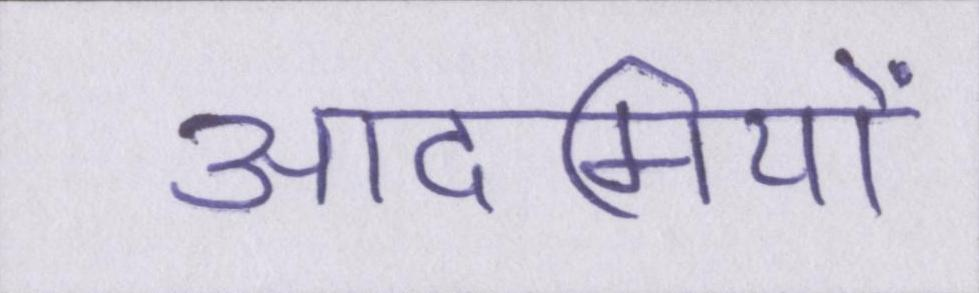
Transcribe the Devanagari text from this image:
आदमियों